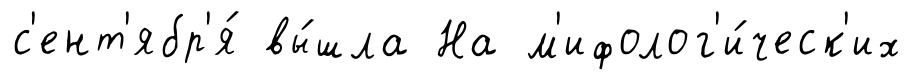
с'ент'ябр'я́ вы́шла На м'ифолог'и́ческ'их